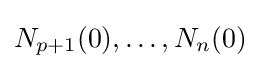
N_{p+1}(0),\dots ,N_{n}(0)